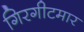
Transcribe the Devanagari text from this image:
गिरगीटमार